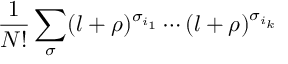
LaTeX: \frac { 1 } { N ! } \sum _ { \sigma } ( l + \rho ) ^ { \sigma _ { i _ { 1 } } } \cdots ( l + \rho ) ^ { \sigma _ { i _ { k } } }